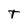
Character: T